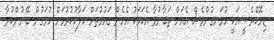
ޑިމޮކްރެސީއަކީ ހުޅަނގުންވެސް އެއަށް ތަބާނުވާ އެކަމަކު އެހެން ގައުމުތަށް ހަލާކުކުރުމަށް ހުޅަގުން ބޭނުންކުރާ